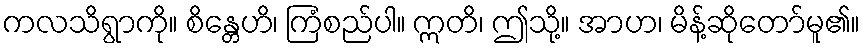
ကလသိရွာကို။ စိန္တေဟိ၊ ကြံစည်ပါ။ ဣတိ၊ ဤသို့။ အာဟ၊ မိန့်ဆိုတော်မူ၏။